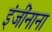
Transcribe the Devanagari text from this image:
इंजींनाना